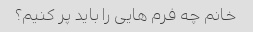
خانم چه فرم هایی را باید پر کنیم؟